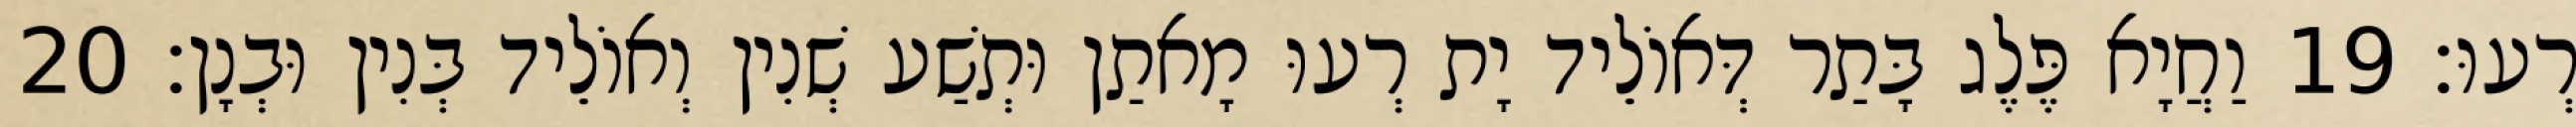
רְעוּ׃ 19 וַחֲיָא פֶּלֶג בָּתַר דְּאוֹלֵיד יָת רְעוּ מָאתַן וּתְשַׁע שְׁנִין וְאוֹלֵיד בְּנִין וּבְנָן׃ 20